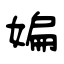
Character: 媥